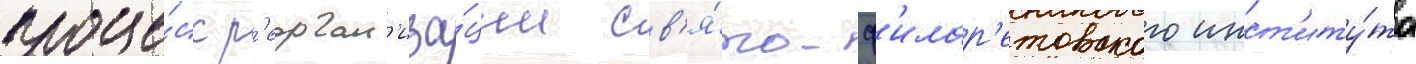
проце́сс р'еорган'иза́ции св'я́то-ф'илар'етовского инст'иту́та